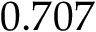
0 . 7 0 7